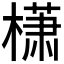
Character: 𰘩